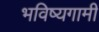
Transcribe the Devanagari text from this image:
भविष्यगामी